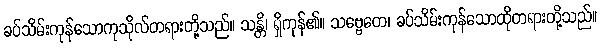
ခပ်သိမ်းကုန်သောကုသိုလ်တရားတို့သည်။ သန္တိ၊ ရှိကုန်၏။ သဗ္ဗေတေ၊ ခပ်သိမ်းကုန်သောထိုတရားတို့သည်။